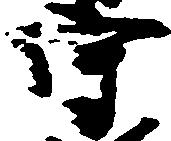
守